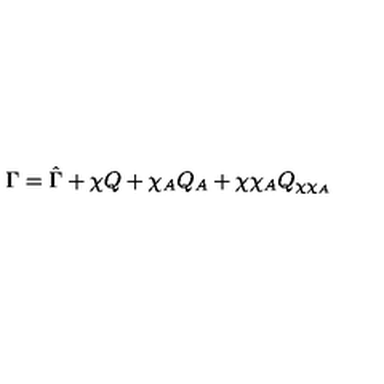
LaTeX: \Gamma = \hat { \Gamma } + \chi Q + \chi _ { A } Q _ { A } + \chi \chi _ { A } Q _ { \chi \chi _ { A } }